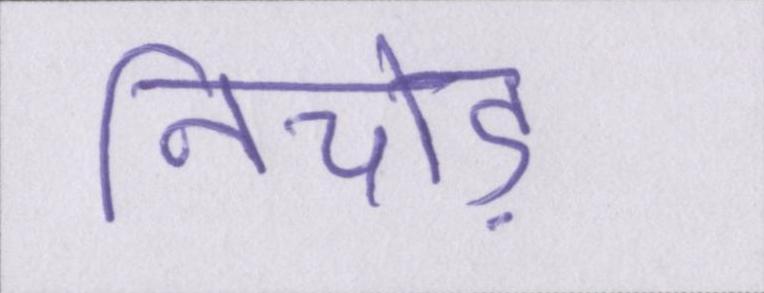
निचोड़